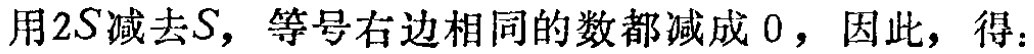
用\(2S\)减去\(S\)，等号右边相同的数都减成 \(0\)，因此，得：